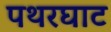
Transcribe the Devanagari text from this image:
पथरघाट